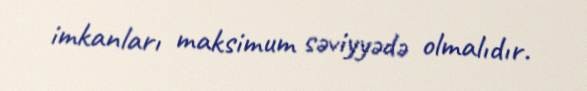
imkanları maksimum səviyyədə olmalıdır.